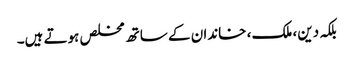
بلکہ دین، ملک ، خاندان کے ساتھ مخلص ہوتے ہیں۔